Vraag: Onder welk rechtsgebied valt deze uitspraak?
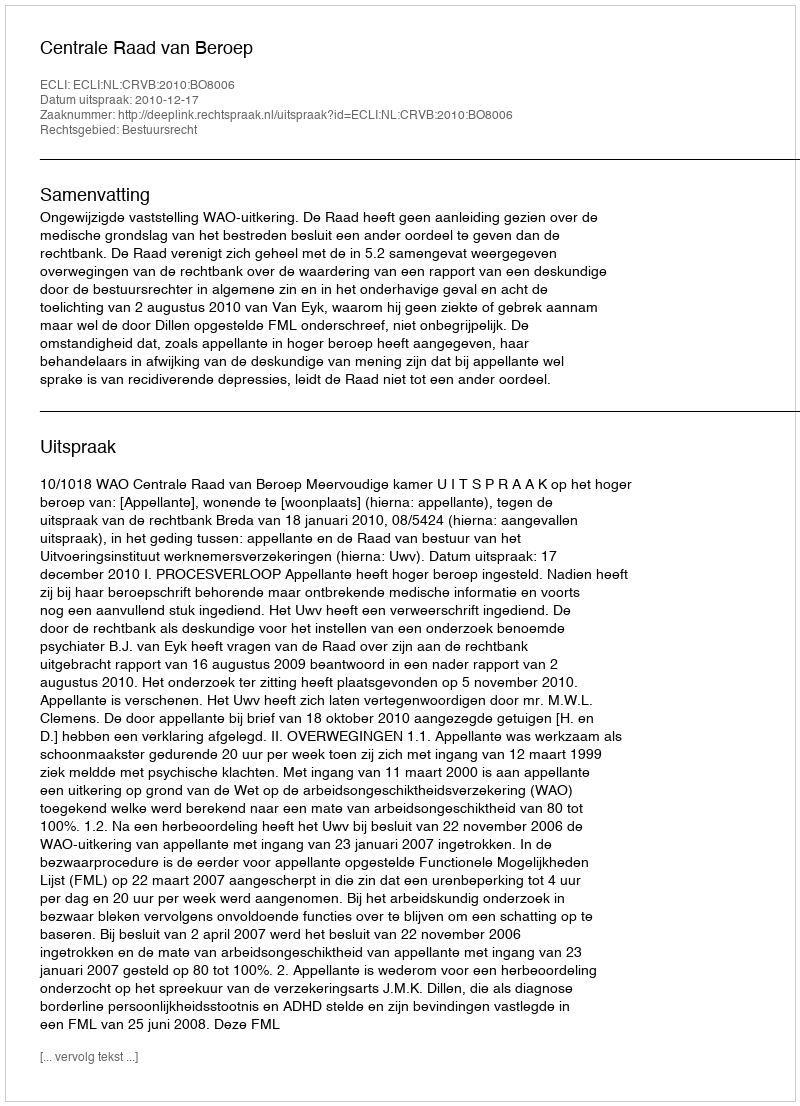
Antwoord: Bestuursrecht